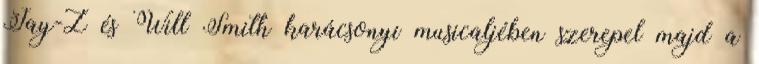
Jay-Z és Will Smith karácsonyi musicaljében szerepel majd a